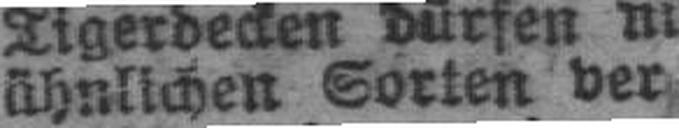
ähnlichen Sorten ver###